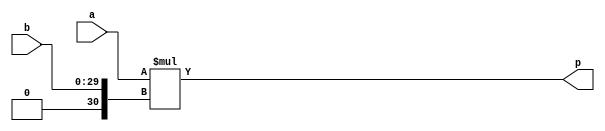
module hls_xfft2real_mul_32s_30ns_62_1_1_Multiplier_1(a, b, p);
input[32 - 1 : 0] a; 
input[30 - 1 : 0] b; 
output[62 - 1 : 0] p;

assign p = $signed(a) * $signed({1'b0, b});
endmodule